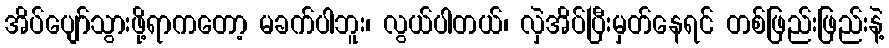
အိပ်ပျော်သွားဖို့ရာကတော့ မခက်ပါဘူး၊ လွယ်ပါတယ်၊ လှဲအိပ်ပြီးမှတ်နေရင် တစ်ဖြည်းဖြည်းနဲ့